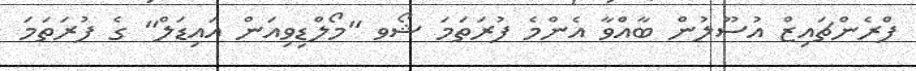
ފްރެންޗައިޒް އުސޫލުން ބާއްވާ އެންމެ ފުރަތަމަ ޝޯވ "މޯލްޑިވިއަން އައިޑަލް" ގެ ފުރަތަމަ